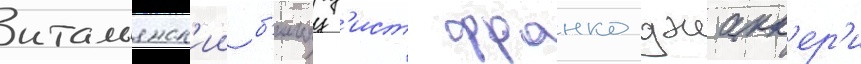
итальянск'ии б'ильярд'ист франко джакк'ер'и